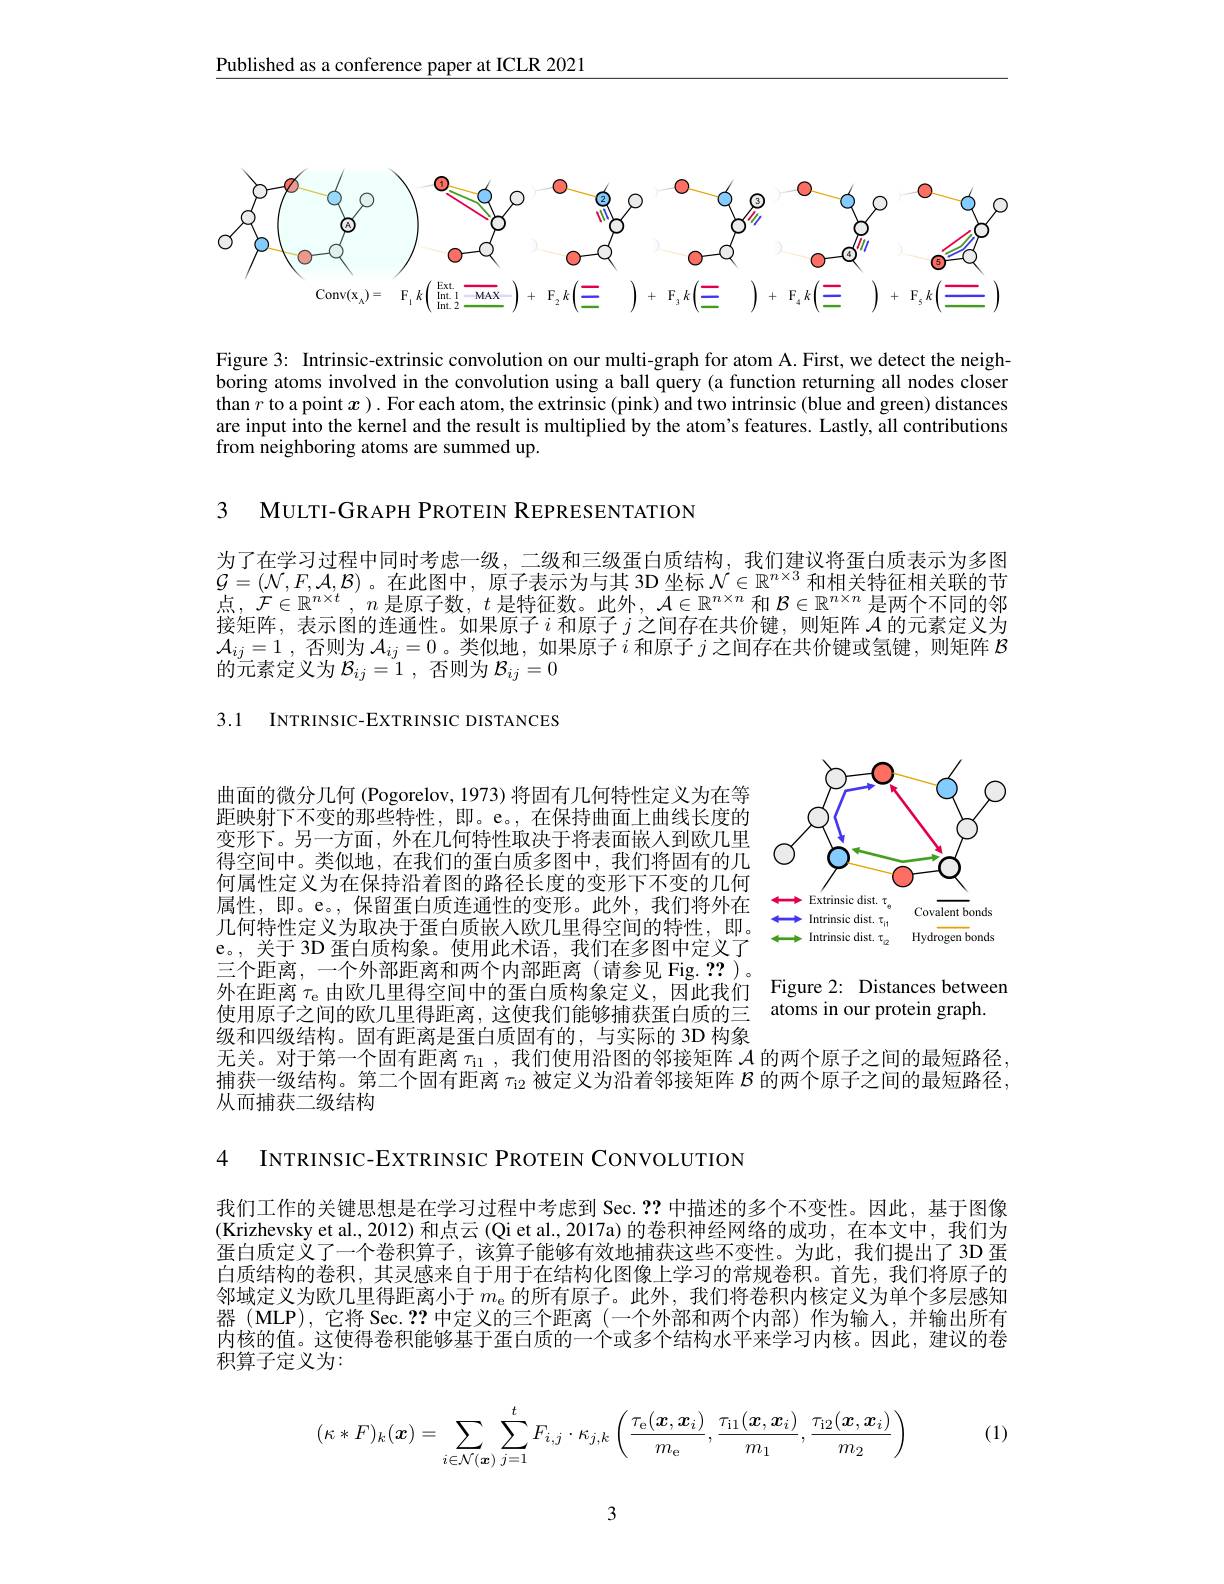
Published as a conference paper at ICLR 2021
$$\begin{array}{ccccccccccccccccccccccccccccccccccccccccccccccccccccccccccccccccccccccccccccccccccccccccccccccc}\end{array}$$
Figure 3: Intrinsic-extrinsic convolution on our multi-graph for atom A.First, we detect the neighboring atoms involved in the convolution using a ball query (a function returning all nodes closer than $r$ to a point $x$ ). For each atom, the extrinsic (pink) and two intrinsic (blue and green) distances are input into the kernel and the result is multiplied by the atom's features. Lastly, all contributions from neighboring atoms are summed up.

3 MULTI-GRAPH PROTEIN REPRESENTATION

为了在学习过程中同时考虑一级，二级和三级蛋白质结构，我们建议将蛋白质表示为多图$\mathcal{G}=(\mathcal{N},F,\mathcal{A},\mathcal{B})$ 。在此图中，原子表示为与其 3D 坐标$\mathcal{N}\in\mathbb{R}^{n\times3}$和相关特征相关联的节点，$\mathcal{F}\in\mathbb{R}^n\times t,n$是原子数，$t$是特征数。此外，$\mathcal{A}\in\mathbb{R}^n\times n$和$\mathcal{B}\in\mathbb{R}^n\times n$是两个不同的邻接矩阵，表示图的连通性。如果原子$i$和原子$j$之间存在共价键，则矩阵$\mathcal{A}$的元素定义为$\mathcal{A}_{ij}=1$ ,否则为$\mathcal{A}_ij=0$ 。类似地，如果原子$i$和原子$j$之间存在共价键或氢键，则矩阵$\mathcal{B}$ 的元素定义为$\mathcal{B}_ij=1$,否则为$\mathcal{B}_ij=0$

3.1 INTRINSIC-EXTRINSIC DISTANCES

<FigureHere>

曲面的微分几何(Pogorelov,1973)将固有几何特性定义为在等距映射下不变的那些特性，即。e。,在保持曲面上曲线长度的变形下。另一方面，外在几何特性取决于将表面嵌人到欧几里得空间中。类似地，在我们的蛋白质多图中，我们将固有的几何属性定义为在保持沿着图的路径长度的变形下不变的几何属性，即。e。,保留蛋白质连通性的变形。此外，我们将外在几何特性定义为取决于蛋白质嵌入欧几里得空间的特性，即。e。, 关于 3D 蛋白质构象。使用此术语，我们在多图中定义了三个距离，一个外部距离和两个内部距离(请参见 Fig. $\mathbf{??}$)。外在距离$\tau_\mathrm{e}$由欧几里得空间中的蛋白质构象定义，因此我们 Figure 2: Distances between
使用原子之间的欧几里得距离，这使我们能够捕获蛋白质的三级和四级结构。固有距离是蛋白质固有的，与实际的 3D 构象无关。对于第一个固有距离$\tau_\mathrm{il}$,我们使用沿图的邻接矩阵$\mathcal{A}$的两个原子之间的最短路径， 捕获一级结构。第二个固有距离$\tau_{\mathrm{i}2}$被定义为沿着邻接矩阵$\mathcal{B}$的两个原子之间的最短路径， 从而捕获二级结构

atoms in our protein graph.

4 INTRINSIC-EXTRINSIC PROTEIN CONVOLUTION

我们工作的关键思想是在学习过程中考虑到 Sec. ??中描述的多个不变性。因此，基于图像(Krizhevsky et al., 2012) 和点云(Qi et al., 2017a) 的卷积神经网络的成功，在本文中，我们为蛋白质定义了一个卷积算子，该算子能够有效地捕获这些不变性。为此，我们提出了 3D 蛋白质结构的卷积，其灵感来自于用于在结构化图像上学习的常规卷积。首先，我们将原子的邻域定义为欧几里得距离小于$m_\mathrm{e}$的所有原子。此外，我们将卷积内核定义为单个多层感知器(MLP),它将 Sec. ??中定义的三个距离(一个外部和两个内部)作为输人，并输出所有内核的值。这使得卷积能够基于蛋白质的一个或多个结构水平来学习内核。因此，建议的卷积算子定义为：

(1)
$$(\kappa*F)_k(\boldsymbol{x})=\sum_{i\in\mathcal{N}(\boldsymbol{x})}\sum_{j=1}^tF_{i,j}\cdot\kappa_{j,k}\left(\frac{\tau_\mathrm{e}(\boldsymbol{x},\boldsymbol{x}_i)}{m_\mathrm{e}},\frac{\tau_\mathrm{i1}(\boldsymbol{x},\boldsymbol{x}_i)}{m_1},\frac{\tau_\mathrm{i2}(\boldsymbol{x},\boldsymbol{x}_i)}{m_2}\right)$$
3